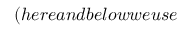
( h e r e a n d b e l o w w e u s e